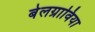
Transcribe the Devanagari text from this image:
बेलग्राविया